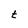
Character: t